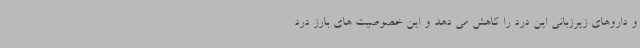
و داروهای زیرزبانی این درد را کاهش می دهد و این خصوصیت های بارز درد